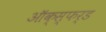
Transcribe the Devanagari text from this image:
ऑक्स्फर्ड